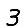
Digit: 3